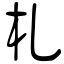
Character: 札